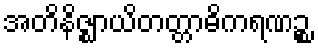
အတိနိဇ္ဈာယိတတ္တာဓိကရဏဉ္စ